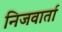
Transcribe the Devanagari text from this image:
निजवार्ता